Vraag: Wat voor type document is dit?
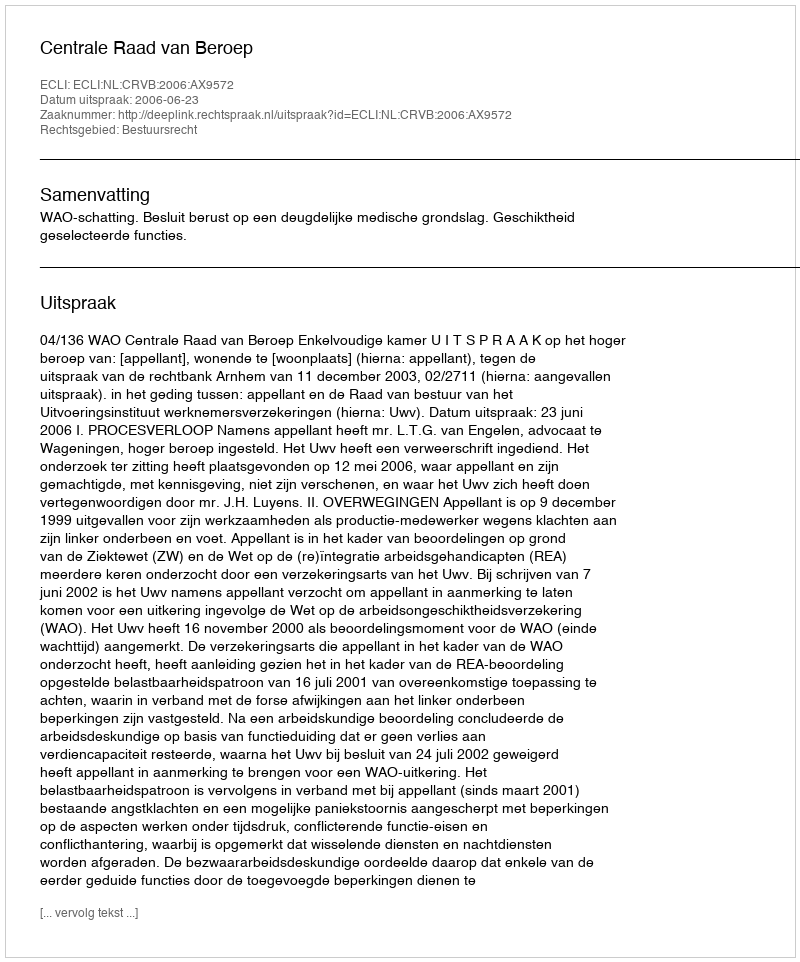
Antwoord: Uitspraak